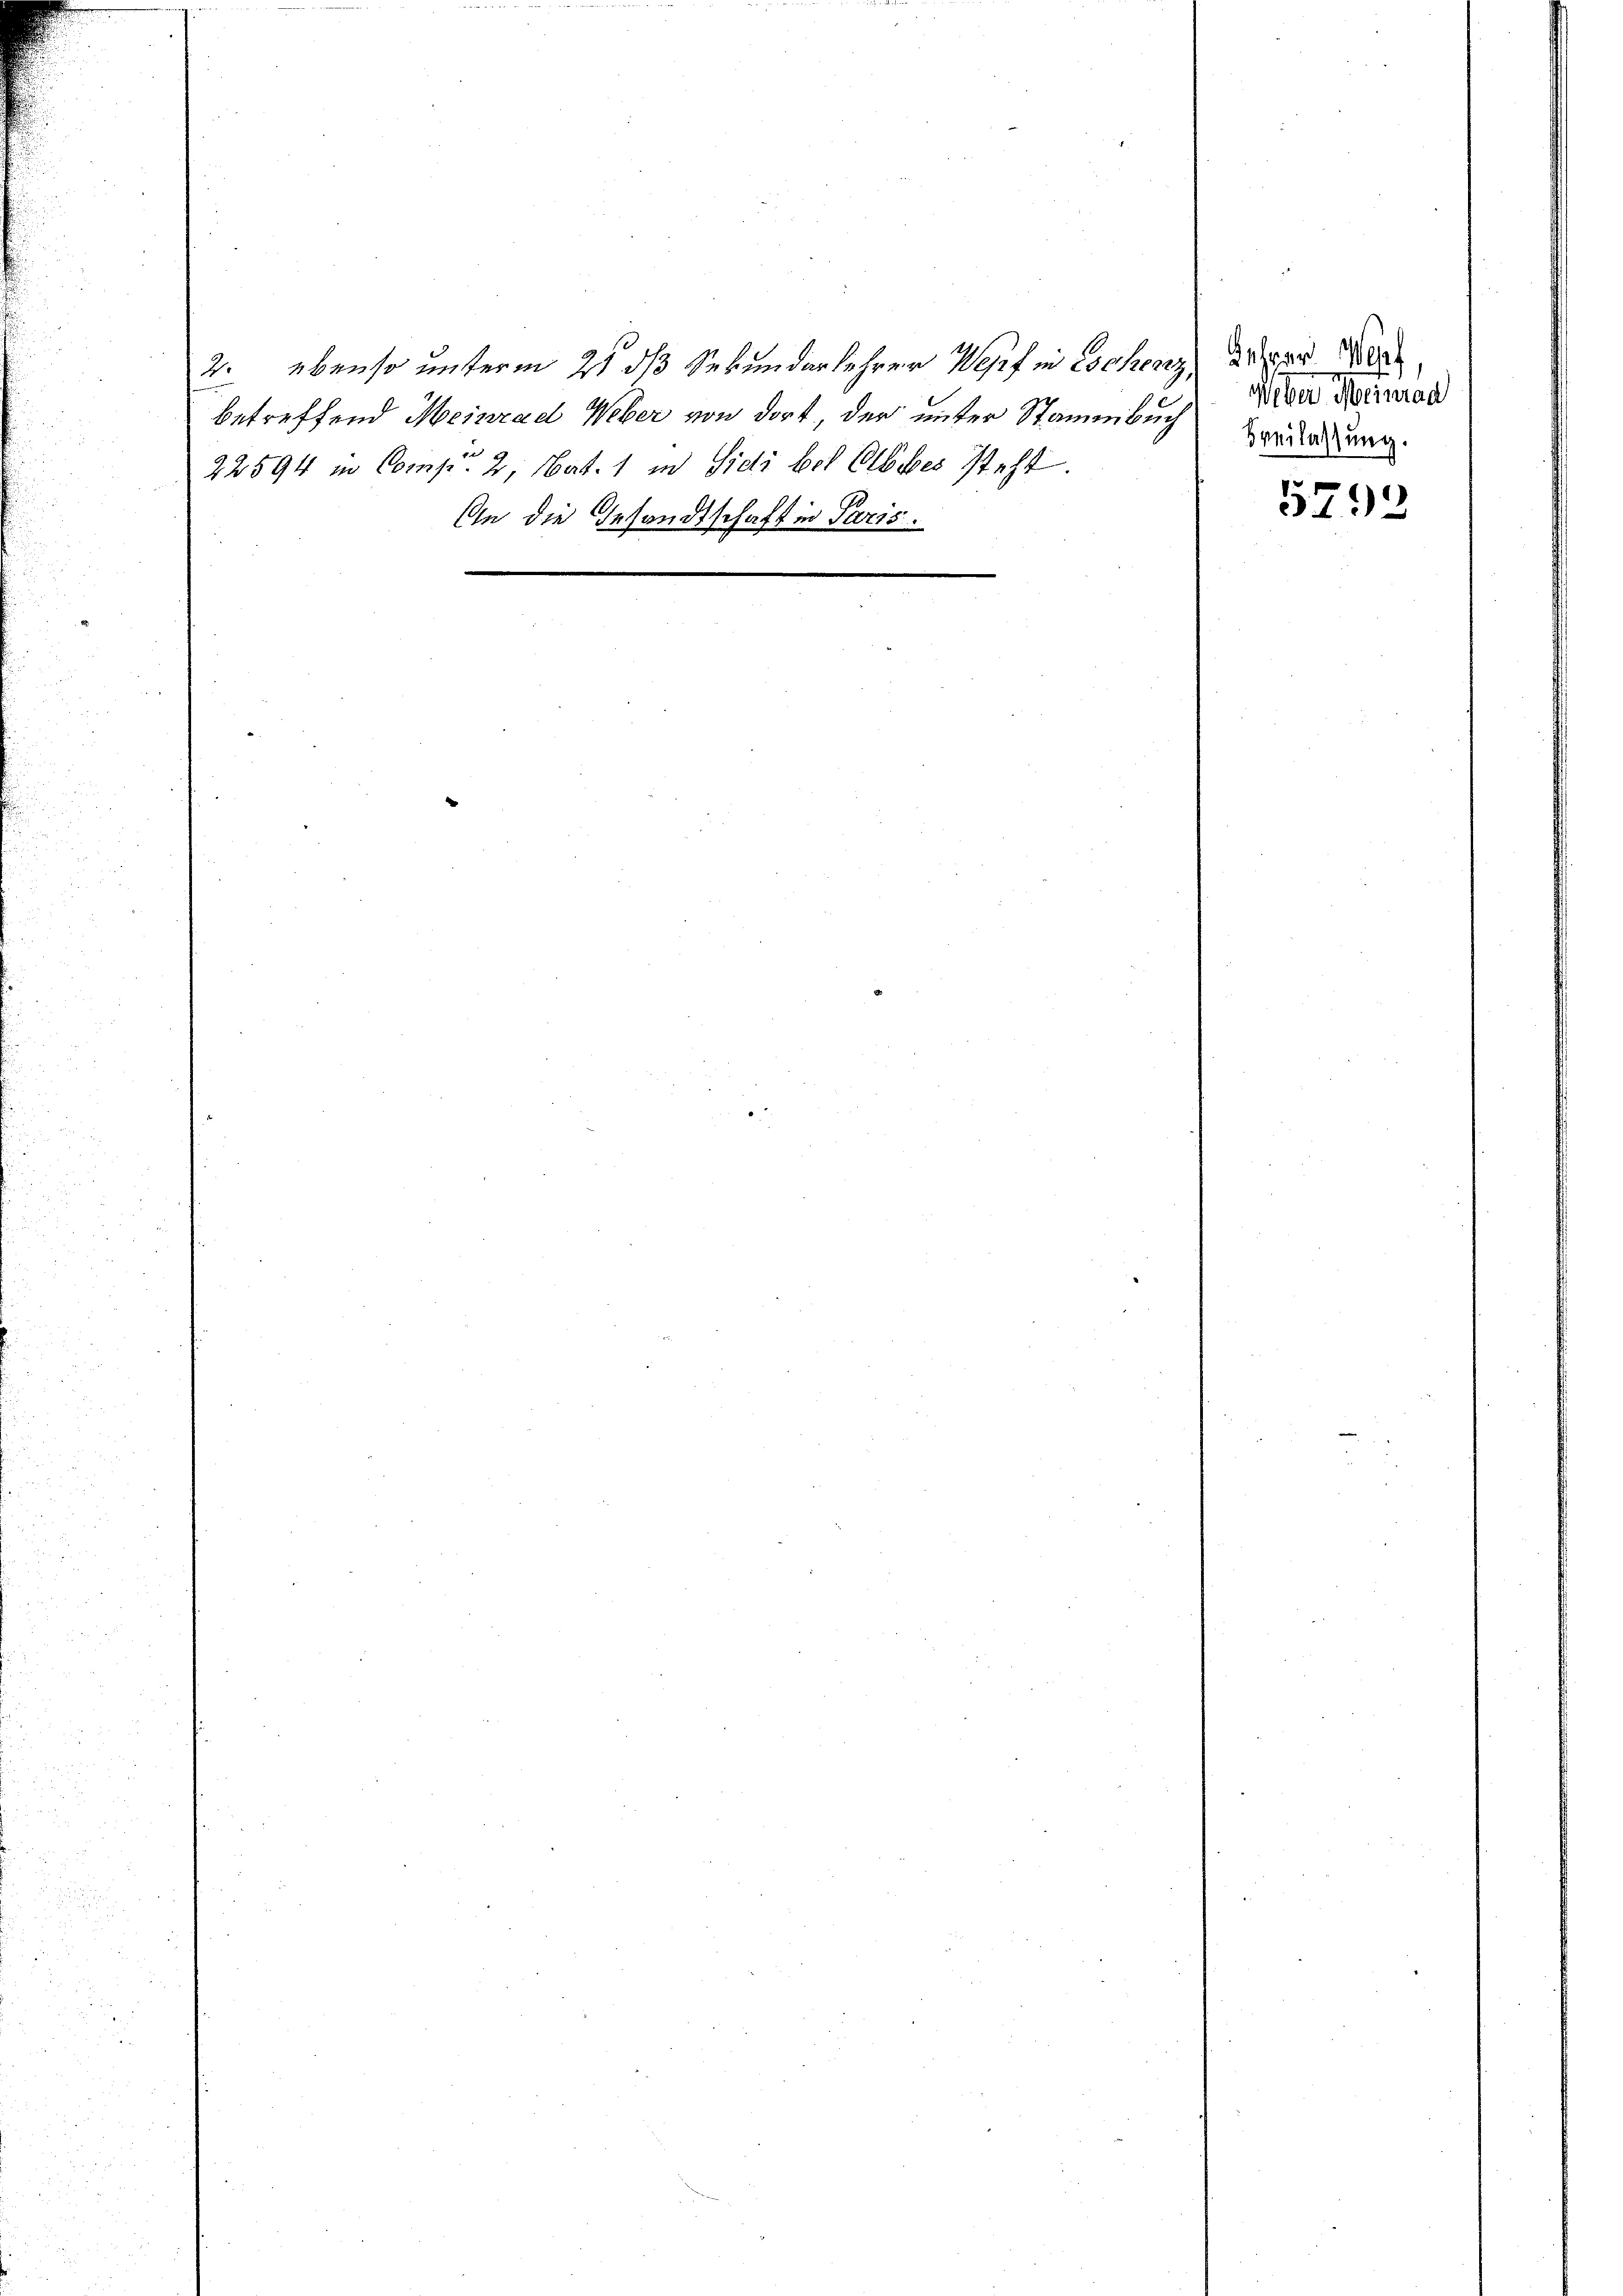
2. ebenso unterm 2t ds Sekundarlehrer Wolf in Eschenes Anspar Ver
Weber Meinrad
betreffend Meinrad Weber von dort, der unter Stammbuch
Beilassung.
22594 in Comp. 2, Nat. 1 in Sidi bot Olbes steht.
.
3792
An die Gesandtschaft in Paris.